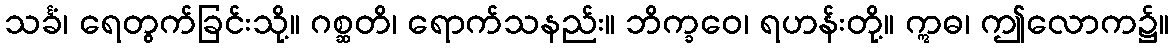
သင်္ခံ၊ ရေတွက်ခြင်းသို့။ ဂစ္ဆတိ၊ ရောက်သနည်း။ ဘိက္ခဝေ၊ ရဟန်းတို့။ ဣဓ၊ ဤလောက၌။